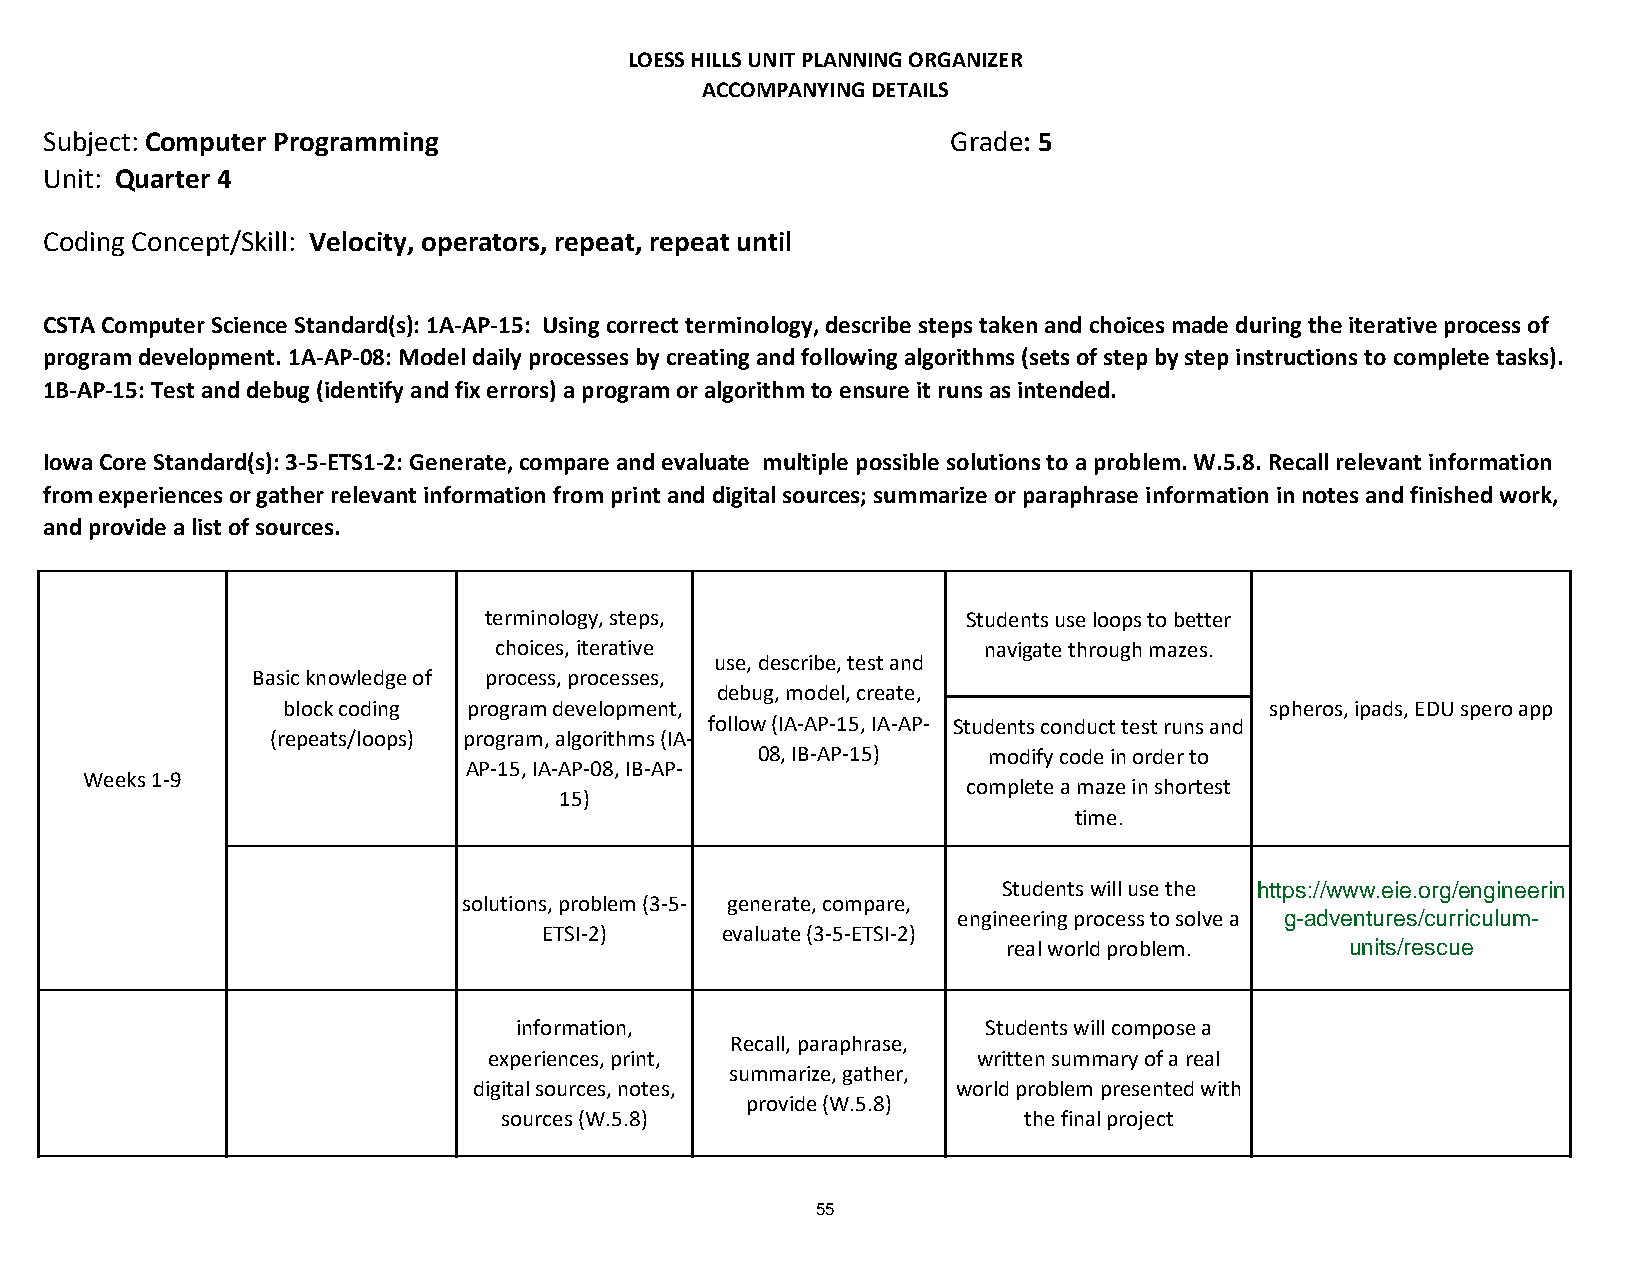
LOESS HILLS UNIT PLANNING ORGANIZER
 ACCOMPANYING DETAILS
 Subject: Computer Programming                               Grade: 5
 Unit: Quarter 4
 Coding Concept/Skill: Velocity, operators, repeat, repeat until
 CSTA Computer Science Standard(s): 1A-AP-15: Using correct terminology, describe steps taken and choices made during the iterative process of
 program development. 1A-AP-08: Model daily processes by creating and following algorithms (sets of step by step instructions to complete tasks).
 1B-AP-15: Test and debug (identify and fix errors) a program or algorithm to ensure it runs as intended.
 Iowa Core Standard(s): 3-5-ETS1-2: Generate, compare and evaluate multiple possible solutions to a problem. W.5.8. Recall relevant information
 from experiences or gather relevant information from print and digital sources; summarize or paraphrase information in notes and finished work,
 and provide a list of sources.
 terminology, steps,             Students use loops to better
 choices, iterative              navigate through mazes.
 use, describe, test and
 Basic knowledge of process, processes,
 debug, model, create,
 block coding program development,                                spheros, ipads, EDU spero app
 follow (IA-AP-15, IA-AP- Students conduct test runs and
 (repeats/loops) program, algorithms (IA-
 08, IB-AP-15)  modify code in order to
 AP-15, IA-AP-08, IB-AP-
 Weeks 1-9
 complete a maze in shortest
 15)
 time.
 Students will use the https://www.eie.org/engineerin
 solutions, problem (3-5- generate, compare,
 engineering process to solve a g-adventures/curriculum-
 ETSI-2)     evaluate (3-5-ETSI-2)
 real world problem.   units/rescue
 information,                   Students will compose a
 Recall, paraphrase,
 experiences, print,              written summary of a real
 summarize, gather,
 digital sources, notes,         world problem presented with
 provide (W.5.8)
 sources (W.5.8)                    the final project
 55